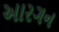
આરગન